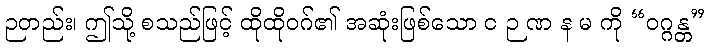
ဉတည်း၊ ဤသို့ စသည်ဖြင့် ထိုထိုဝဂ်၏ အဆုံးဖြစ်သော င ဉ ဏ န မ ကို “ဝဂ္ဂန္တ”